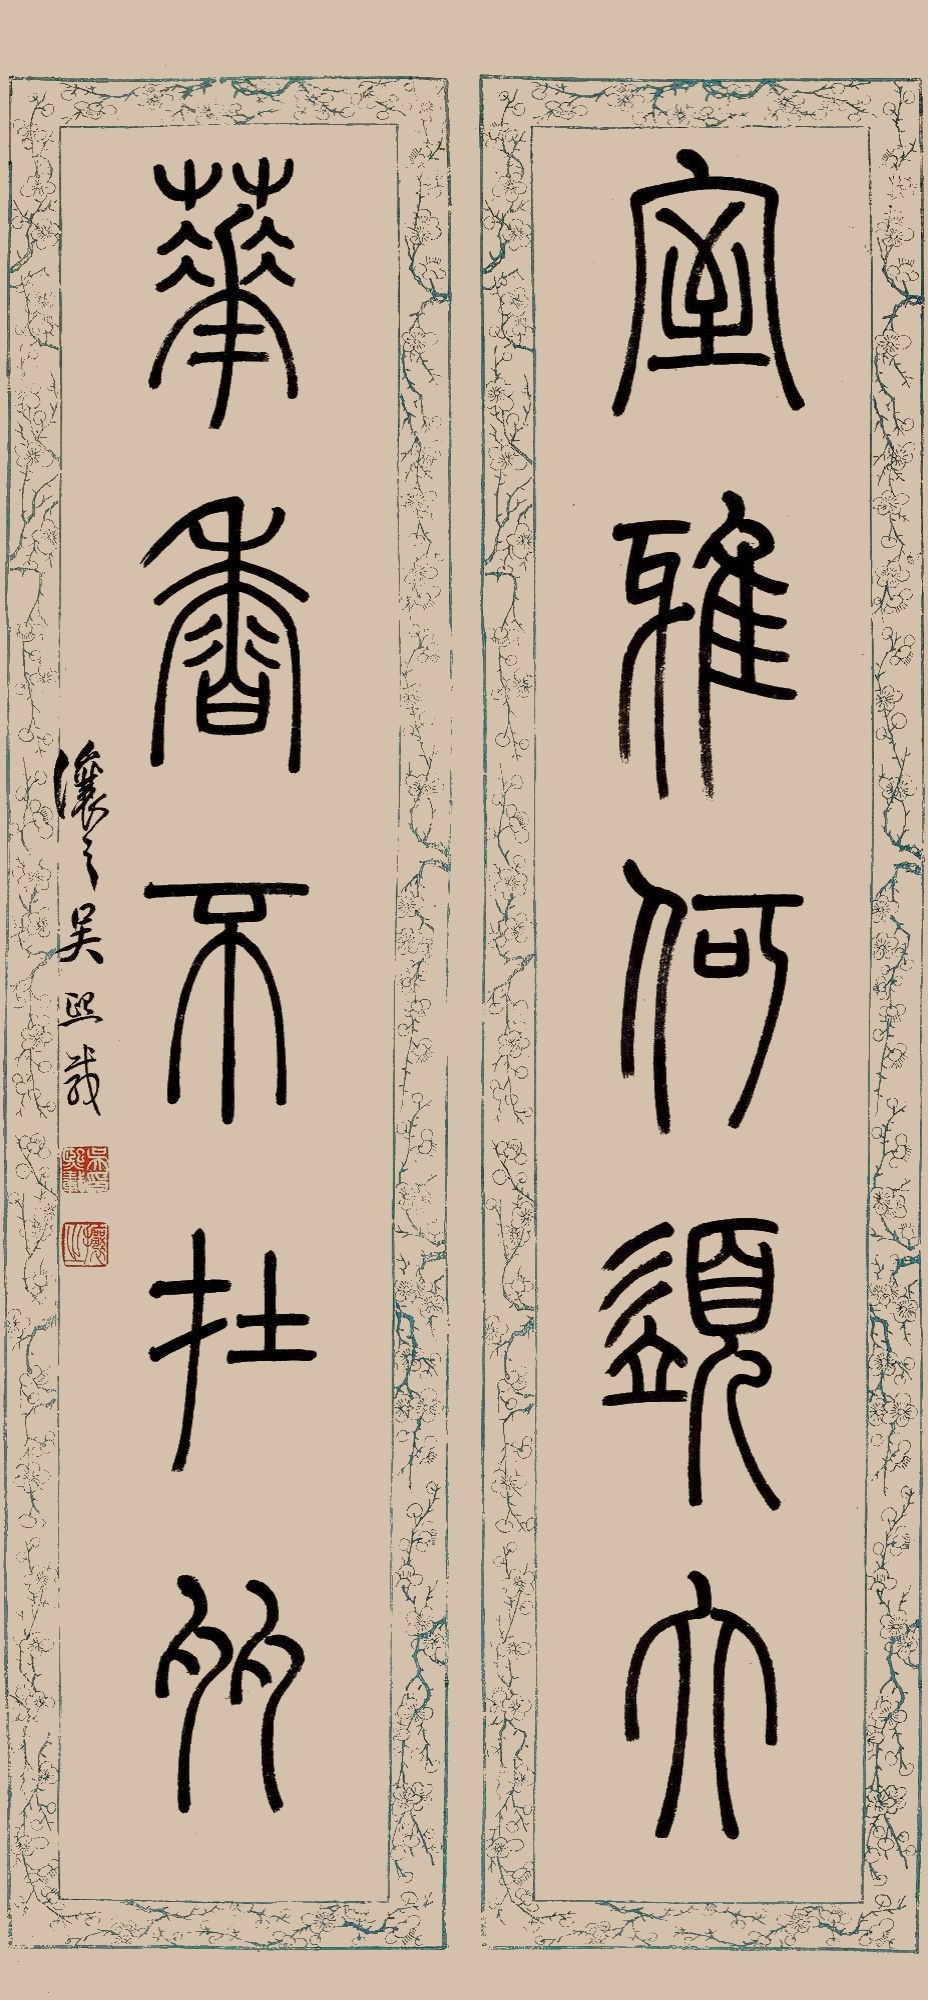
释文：室雅何须大，花香不在多。让之吴熙载。